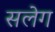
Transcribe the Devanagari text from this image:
सलेग